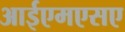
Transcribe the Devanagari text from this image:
आईएमएसए